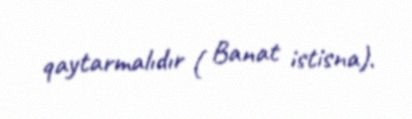
qaytarmalıdır ( Banat istisna).